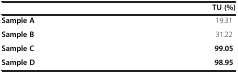
<table><thead><tr><td><b> </b></td><td><b>TU (%)</b></td></tr></thead><tbody><tr><td><b>Sample A</b></td><td>19.31</td></tr><tr><td><b>Sample B</b></td><td>31.22</td></tr><tr><td><b>Sample C</b></td><td><b>99.05</b></td></tr><tr><td><b>Sample D</b></td><td><b>98.95</b></td></tr></tbody></table>